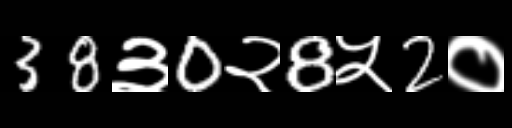
Text: 38३0२8५2०